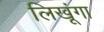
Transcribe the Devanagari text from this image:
लिखूंगा